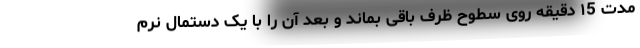
مدت ١5 دقیقه روی سطوح ظرف باقی بماند و بعد آن را با یک دستمال نرم